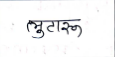
मजकूर: लुटारू